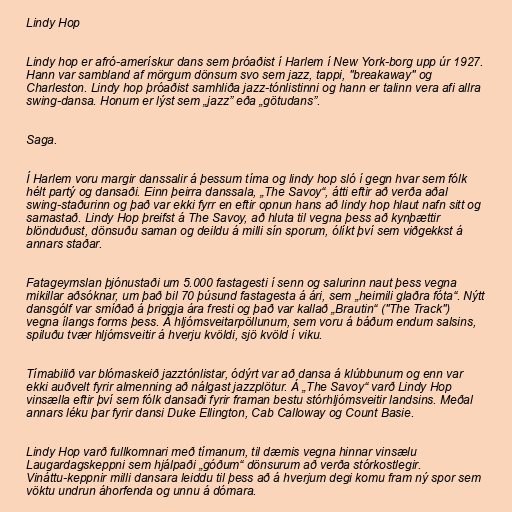
Lindy Hop

Lindy hop er afró-amerískur dans sem þróaðist í Harlem í New York-borg upp úr 1927.
Hann var sambland af mörgum dönsum svo sem jazz, tappi, "breakaway" og
Charleston. Lindy hop þróaðist samhliða jazz-tónlistinni og hann er talinn vera afi allra
swing-dansa. Honum er lýst sem „jazz” eða „götudans”.

Saga.

Í Harlem voru margir danssalir á þessum tíma og lindy hop sló í gegn hvar sem fólk
hélt partý og dansaði. Einn þeirra danssala, „The Savoy“, átti eftir að verða aðal
swing-staðurinn og það var ekki fyrr en eftir opnun hans að lindy hop hlaut nafn sitt og
samastað. Lindy Hop þreifst á The Savoy, að hluta til vegna þess að kynþættir
blönduðust, dönsuðu saman og deildu á milli sín sporum, ólíkt því sem viðgekkst á
annars staðar.

Fatageymslan þjónustaði um 5.000 fastagesti í senn og salurinn naut þess vegna
mikillar aðsóknar, um það bil 70 þúsund fastagesta á ári, sem „heimili glaðra fóta“. Nýtt
dansgólf var smíðað á þriggja ára fresti og það var kallað „Brautin“ ("The Track")
vegna ílangs forms þess. Á hljómsveitarpöllunum, sem voru á báðum endum salsins,
spiluðu tvær hljómsveitir á hverju kvöldi, sjö kvöld í viku.

Tímabilið var blómaskeið jazztónlistar, ódýrt var að dansa á klúbbunum og enn var
ekki auðvelt fyrir almenning að nálgast jazzplötur. Á „The Savoy“ varð Lindy Hop
vinsælla eftir því sem fólk dansaði fyrir framan bestu stórhljómsveitir landsins. Meðal
annars léku þar fyrir dansi Duke Ellington, Cab Calloway og Count Basie.

Lindy Hop varð fullkomnari með tímanum, til dæmis vegna hinnar vinsælu
Laugardagskeppni sem hjálpaði „góðum“ dönsurum að verða stórkostlegir.
Vináttu-keppnir milli dansara leiddu til þess að á hverjum degi komu fram ný spor sem
vöktu undrun áhorfenda og unnu á dómara.